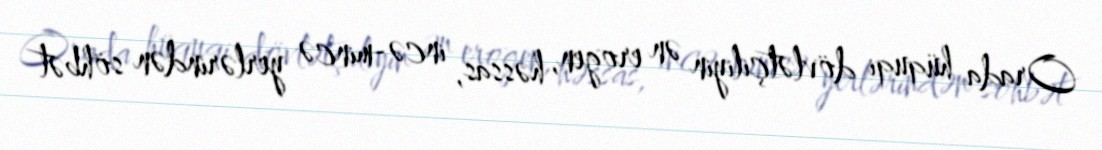
Orada hüquqi dövlətçiliyin ən erogen, həssas, incə-mincə yerlərindən söhbət